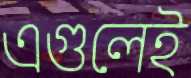
এগুলেই